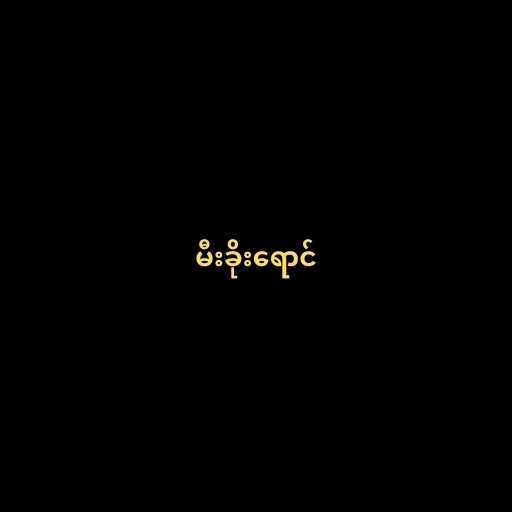
မီးခိုးရောင်